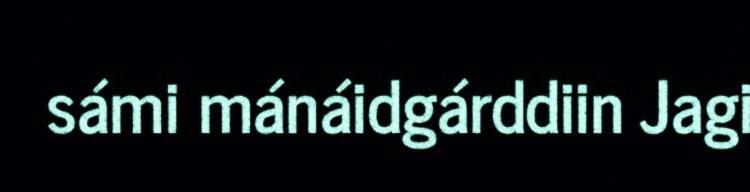
sámi mánáidgárddiin Jagi